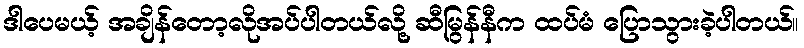
ဒါပေမယ့် အချိန်တော့လိုအပ်ပါတယ်လို့ ဆီမြွန်နီက ထပ်မံ ပြောသွားခဲ့ပါတယ်။